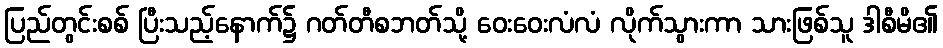
ပြည်တွင်းစစ် ပြီးသည့်နောက်၌ ဂတ်တီစဘတ်သို့ ဝေးဝေးလံလံ လိုက်သွားကာ သားဖြစ်သူ ဒါစီမိ၏